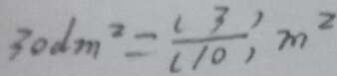
3 0 d m ^ { 2 } = \frac { ( 3 ) } { ( 1 0 ) } m ^ { 2 }